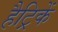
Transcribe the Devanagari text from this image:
हैट्रिकें